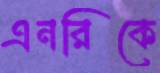
এনরিকে